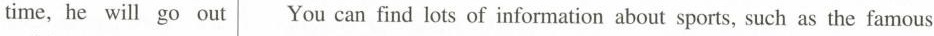
time, he will go out You can find lots of information about sports, such as the famous